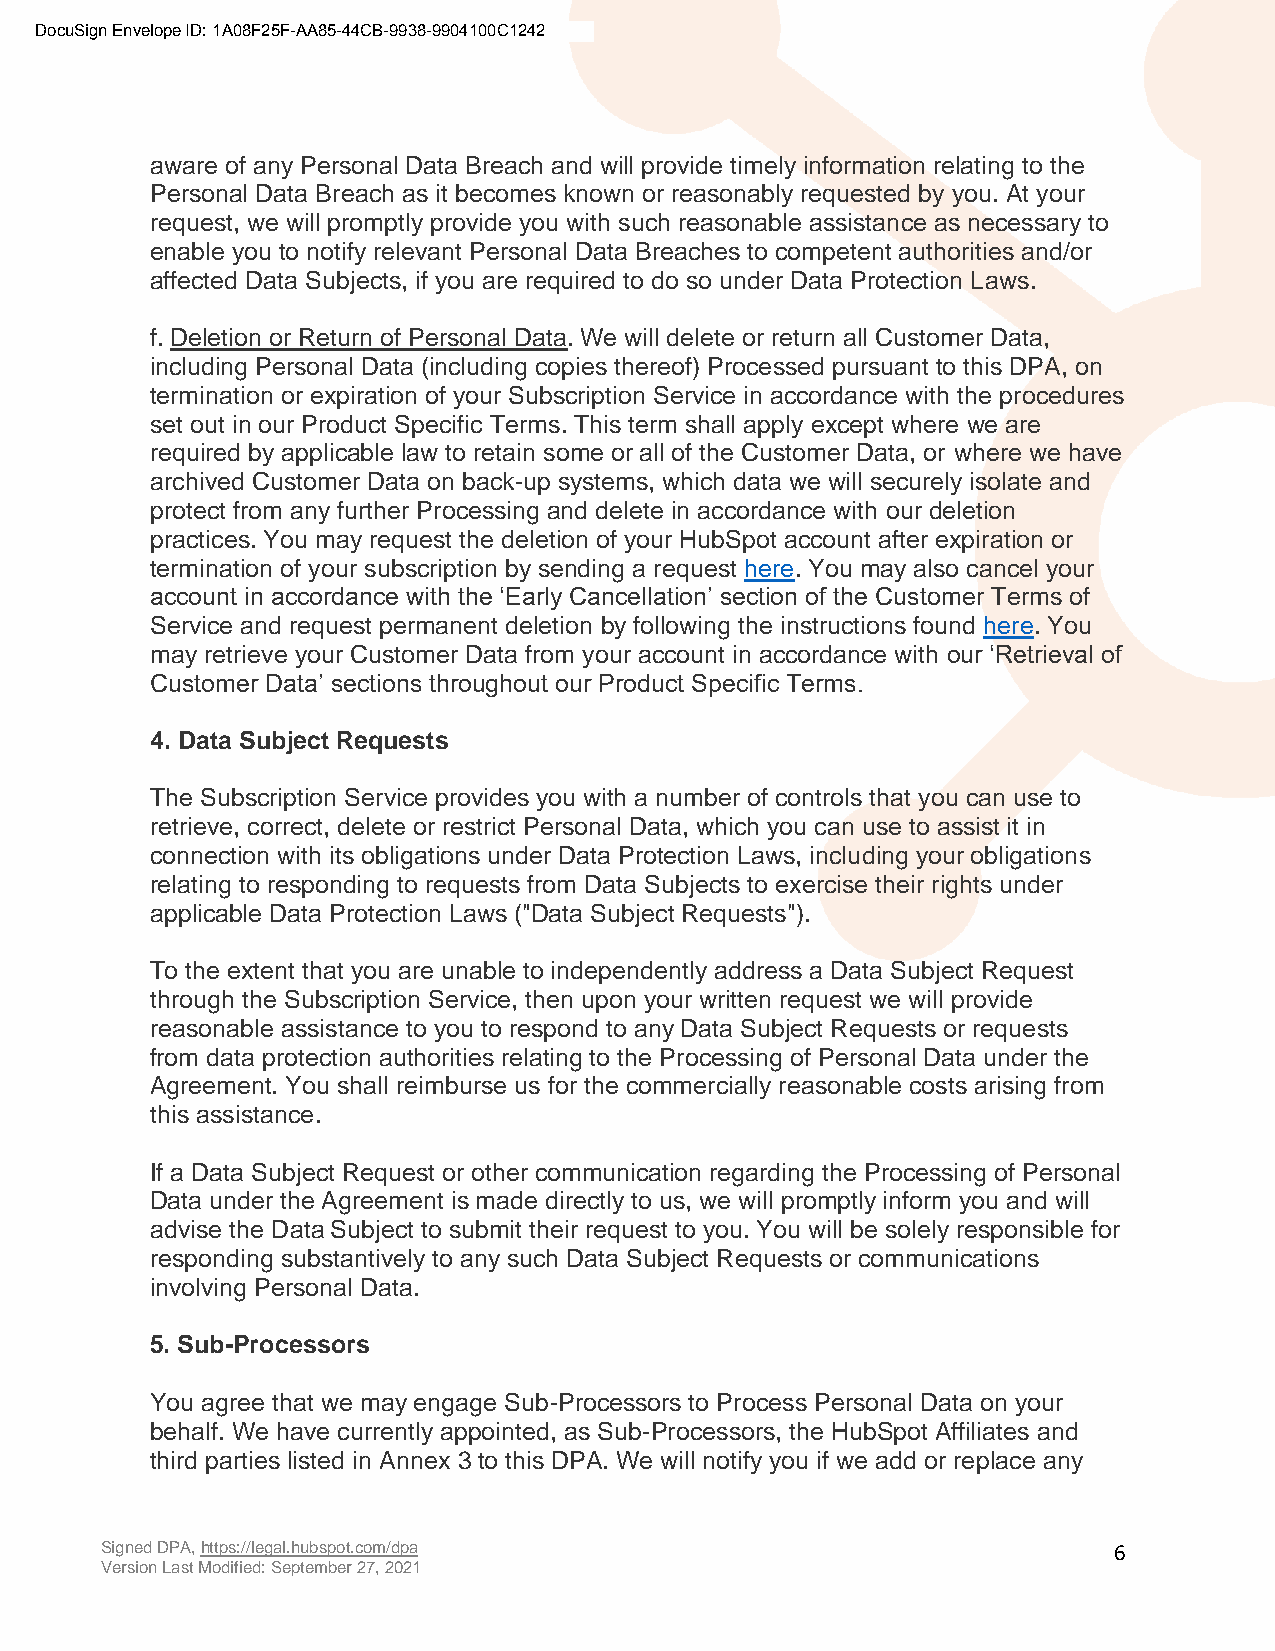
DocuSign Envelope ID: 1A08F25F-AA85-44CB-9938-9904100C1242
 aware of any Personal Data Breach and will provide timely information relating to the
 Personal Data Breach as it becomes known or reasonably requested by you. At your
 request, we will promptly provide you with such reasonable assistance as necessary to
 enable you to notify relevant Personal Data Breaches to competent authorities and/or
 affected Data Subjects, if you are required to do so under Data Protection Laws.
 f. Deletion or Return of Personal Data. We will delete or return all Customer Data,
 including Personal Data (including copies thereof) Processed pursuant to this DPA, on
 termination or expiration of your Subscription Service in accordance with the procedures
 set out in our Product Specific Terms. This term shall apply except where we are
 required by applicable law to retain some or all of the Customer Data, or where we have
 archived Customer Data on back-up systems, which data we will securely isolate and
 protect from any further Processing and delete in accordance with our deletion
 practices. You may request the deletion of your HubSpot account after expiration or
 termination of your subscription by sending a request here. You may also cancel your
 account in accordance with the ‘Early Cancellation’ section of the Customer Terms of
 Service and request permanent deletion by following the instructions found here. You
 may retrieve your Customer Data from your account in accordance with our ‘Retrieval of
 Customer Data’ sections throughout our Product Specific Terms.
 4. Data Subject Requests
 The Subscription Service provides you with a number of controls that you can use to
 retrieve, correct, delete or restrict Personal Data, which you can use to assist it in
 connection with its obligations under Data Protection Laws, including your obligations
 relating to responding to requests from Data Subjects to exercise their rights under
 applicable Data Protection Laws ("Data Subject Requests").
 To the extent that you are unable to independently address a Data Subject Request
 through the Subscription Service, then upon your written request we will provide
 reasonable assistance to you to respond to any Data Subject Requests or requests
 from data protection authorities relating to the Processing of Personal Data under the
 Agreement. You shall reimburse us for the commercially reasonable costs arising from
 this assistance.
 If a Data Subject Request or other communication regarding the Processing of Personal
 Data under the Agreement is made directly to us, we will promptly inform you and will
 advise the Data Subject to submit their request to you. You will be solely responsible for
 responding substantively to any such Data Subject Requests or communications
 involving Personal Data.
 5. Sub-Processors
 You agree that we may engage Sub-Processors to Process Personal Data on your
 behalf. We have currently appointed, as Sub-Processors, the HubSpot Affiliates and
 third parties listed in Annex 3 to this DPA. We will notify you if we add or replace any
 Signed DPA, https://legal.hubspot.com/dpa                          6
 Version Last Modified: September 27, 2021